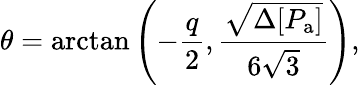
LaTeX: \theta=\arctan{\left(-\frac{q}{2},\frac{\sqrt{\Delta[P_{\mathrm{a}}]}}{6\sqrt{3}}\right)},